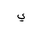
Letter: _ya